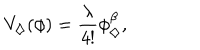
LaTeX: V _ { \diamondsuit } ( \phi ) = \frac { \lambda } { 4 ! } \phi _ { \diamondsuit } ^ { \beta } ,